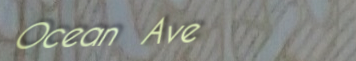
Ocean Ave